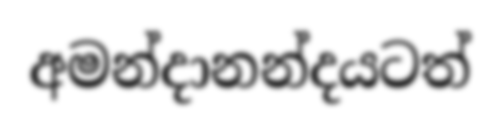
අමන්දානන්දයටත්